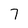
Character: 7